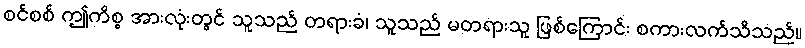
စင်စစ် ဤကိစ္စ အားလုံးတွင် သူသည် တရားခံ၊ သူသည် မတရားသူ ဖြစ်ကြောင်း စကားလက်သိသည်။